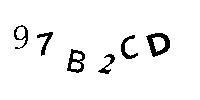
97B2CD